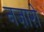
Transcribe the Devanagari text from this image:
नज़ारो